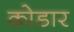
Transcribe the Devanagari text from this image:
कोडार